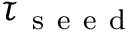
\tau _ { \mathrm { ~ s ~ e ~ e ~ d ~ } }